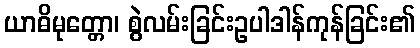
ယာဓိမုတ္တော၊ စွဲလမ်းခြင်းဥပါဒါန်ကုန်ခြင်း၏